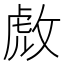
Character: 𫾹